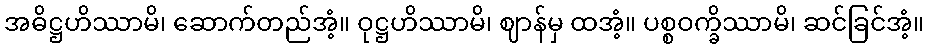
အဓိဋ္ဌဟိဿာမိ၊ ဆောက်တည်အံ့။ ဝုဋ္ဌဟိဿာမိ၊ ဈာန်မှ ထအံ့။ ပစ္စဝက္ခိဿာမိ၊ ဆင်ခြင်အံ့။